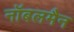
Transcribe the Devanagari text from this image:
नॉबलमैन